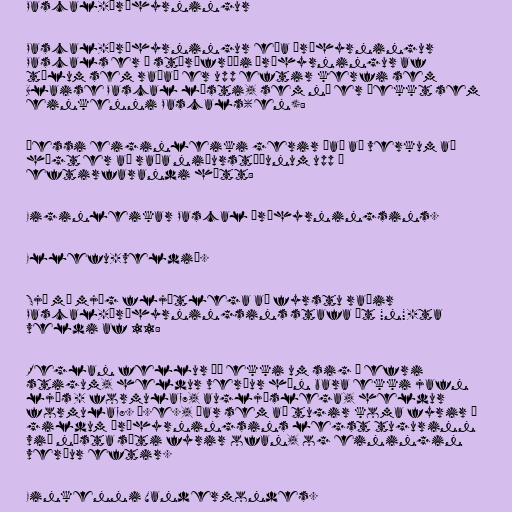
Pascal-þríhyrningur

Pascal-þríhyrningur eða þríhyrningur
Pascals er í stærðfræði þríhyrningur af
tölum sem raðað er upp eftir kerfi sem
Blaise Pascal lýsti, sem nú er þekkt sem
einkenni Pascals(en):

Þessi eiginleiki gerir það að verkum að
hægt er að raða niðurstöðunum upp á
eftirfarandi hátt:

Eiginleikar Pascal þríhyrningsins.

Ellefu-veldið.

Sjá má mjög fljótlega að fyrstu raðir
Pascal-þríhyrningsins stafa út "n"-ta
veldi af 11:

Reglan fellur þó ekki um sig á efri
stigum, heldur verður hún bara ekki jafn
ljós - formula_7, augljóslega, heldur
formula_8. Þ.e., þar sem að tugir koma fyrir í
gildum þríhyrningsins legst tugurinn
við næsta sæti fyrir ofan, og einingin
verður eftir.

Einkenni Vandermondes.